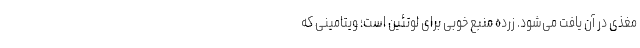
مغذی در آن یافت می‌شود. زرده منبع خوبی برای لوتئین است؛ ویتامینی که